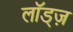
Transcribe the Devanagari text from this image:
लॉड्ज़